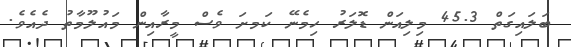
ބަލައިގަތް 45.3 މިލިއަން ޑޮލަރު ހިމެނޭ ކަމށަ ވެސް މީރާއިން މައުލޫމާތު ދެއެވެ.